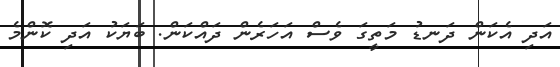
އަދި އެކަން ދަނޑު މަތީގަ ވެސް އަހަރެން ދައްކަން. ބަޔަކު އަދި ކޮންމެ